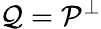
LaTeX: \mathcal{Q}=\mathcal{P}^{\perp}